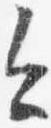
今